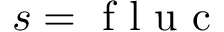
s = \mathrm { ~ f ~ l ~ u ~ c ~ }